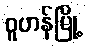
ဝူဟန်မြို့